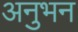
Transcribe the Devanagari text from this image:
अनुभन